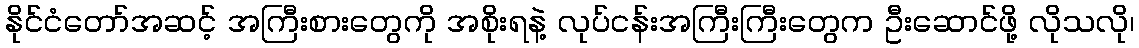
နိုင်ငံတော်အဆင့် အကြီးစားတွေကို အစိုးရနဲ့ လုပ်ငန်းအကြီးကြီးတွေက ဦးဆောင်ဖို့ လိုသလို၊